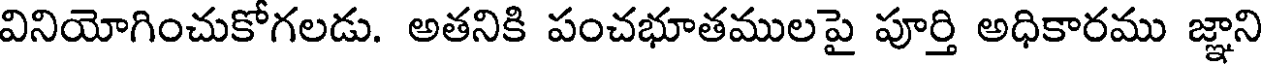
వినియోగించుకోగలడు. అతనికి పంచభూతములపై పూర్తి అధికారము జ్ఞాని